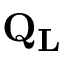
\mathbf { Q _ { L } }